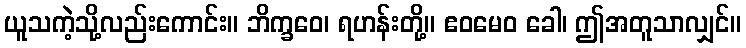
ယူသကဲ့သို့လည်းကောင်း။ ဘိက္ခဝေ၊ ရဟန်းတို့။ ဧဝမေဝ ခေါ၊ ဤအတူသာလျှင်။